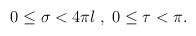
LaTeX: \begin{align*}0\leq \sigma < 4\pi l \; ,\; 0\leq \tau < \pi .\end{align*}